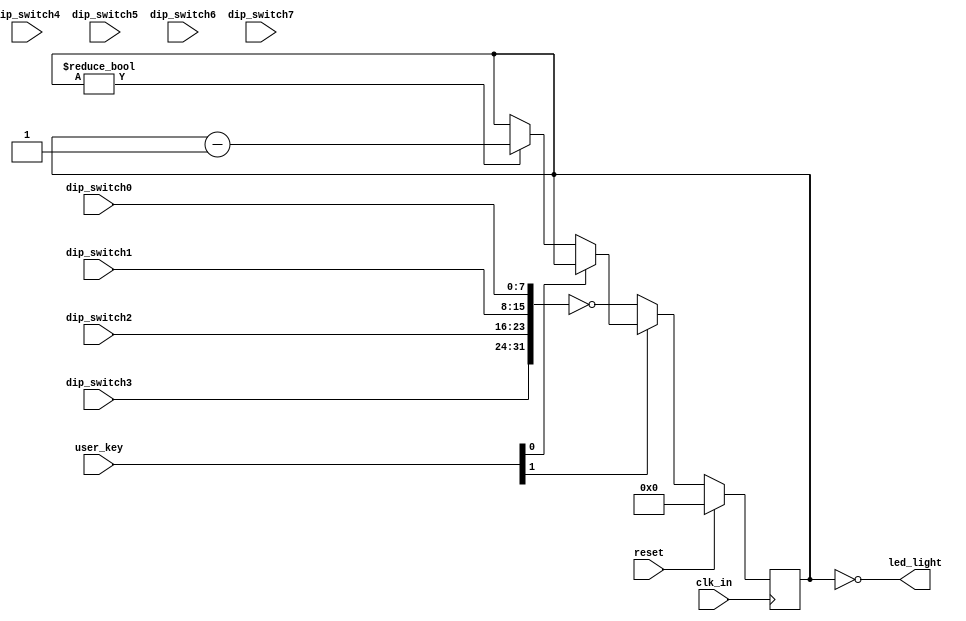
`timescale 1ns / 1ps
//////////////////////////////////////////////////////////////////////////////////
// Company: 
// Engineer: 
// 
// Design Name: 
// Module Name:    top 
// Project Name: 
// Target Devices: 
// Tool versions: 
// Description: 
//
// Dependencies: 
//
// Revision: 
// Revision 0.01 - File Created
// Additional Comments: 
//
//////////////////////////////////////////////////////////////////////////////////
module top(
	input reset,
	input clk_in,
	input [7:0] user_key,
	input [7:0] dip_switch0,
	input [7:0] dip_switch1,
	input [7:0] dip_switch2,
	input [7:0] dip_switch3,
	input [7:0] dip_switch4,
	input [7:0] dip_switch5,
	input [7:0] dip_switch6,
	input [7:0] dip_switch7,
	output [31:0] led_light
	);
	
	reg [31:0] count;
	
	assign led_light=~count;
	
	wire EN=~user_key[0];
	wire start=~user_key[1];
	
	wire [31:0] value=~{dip_switch3,dip_switch2,dip_switch1,dip_switch0};
	
	always @(posedge clk_in)
	begin
		if(reset)
			count<=0;
		else
		begin
			if(start)
			begin
				count<=value;
			end
			else if(EN)
			begin
				if(count!=0)
					count<=count-1;
			end
		end
	end

endmodule